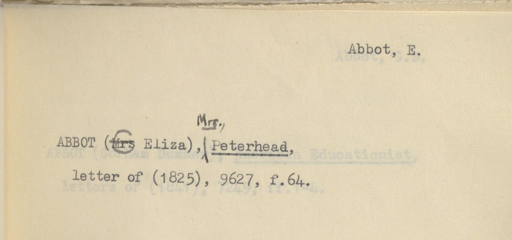
Label: content